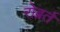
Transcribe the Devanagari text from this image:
रोब्रर्त